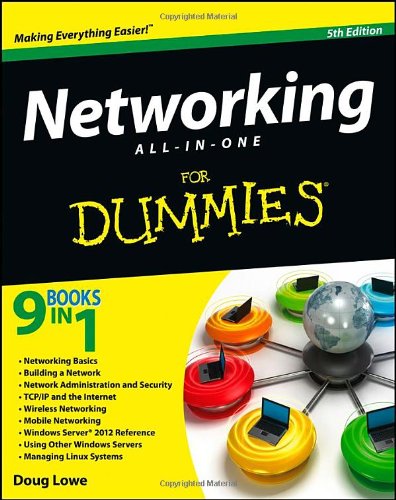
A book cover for Networking All-in-One For Dummies; Doug Lowe; Engineering & Transportation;